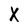
Character: X